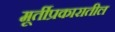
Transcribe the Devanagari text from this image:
मूर्तीप्रकारातील